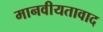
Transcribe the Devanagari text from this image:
मानवीयतावाद